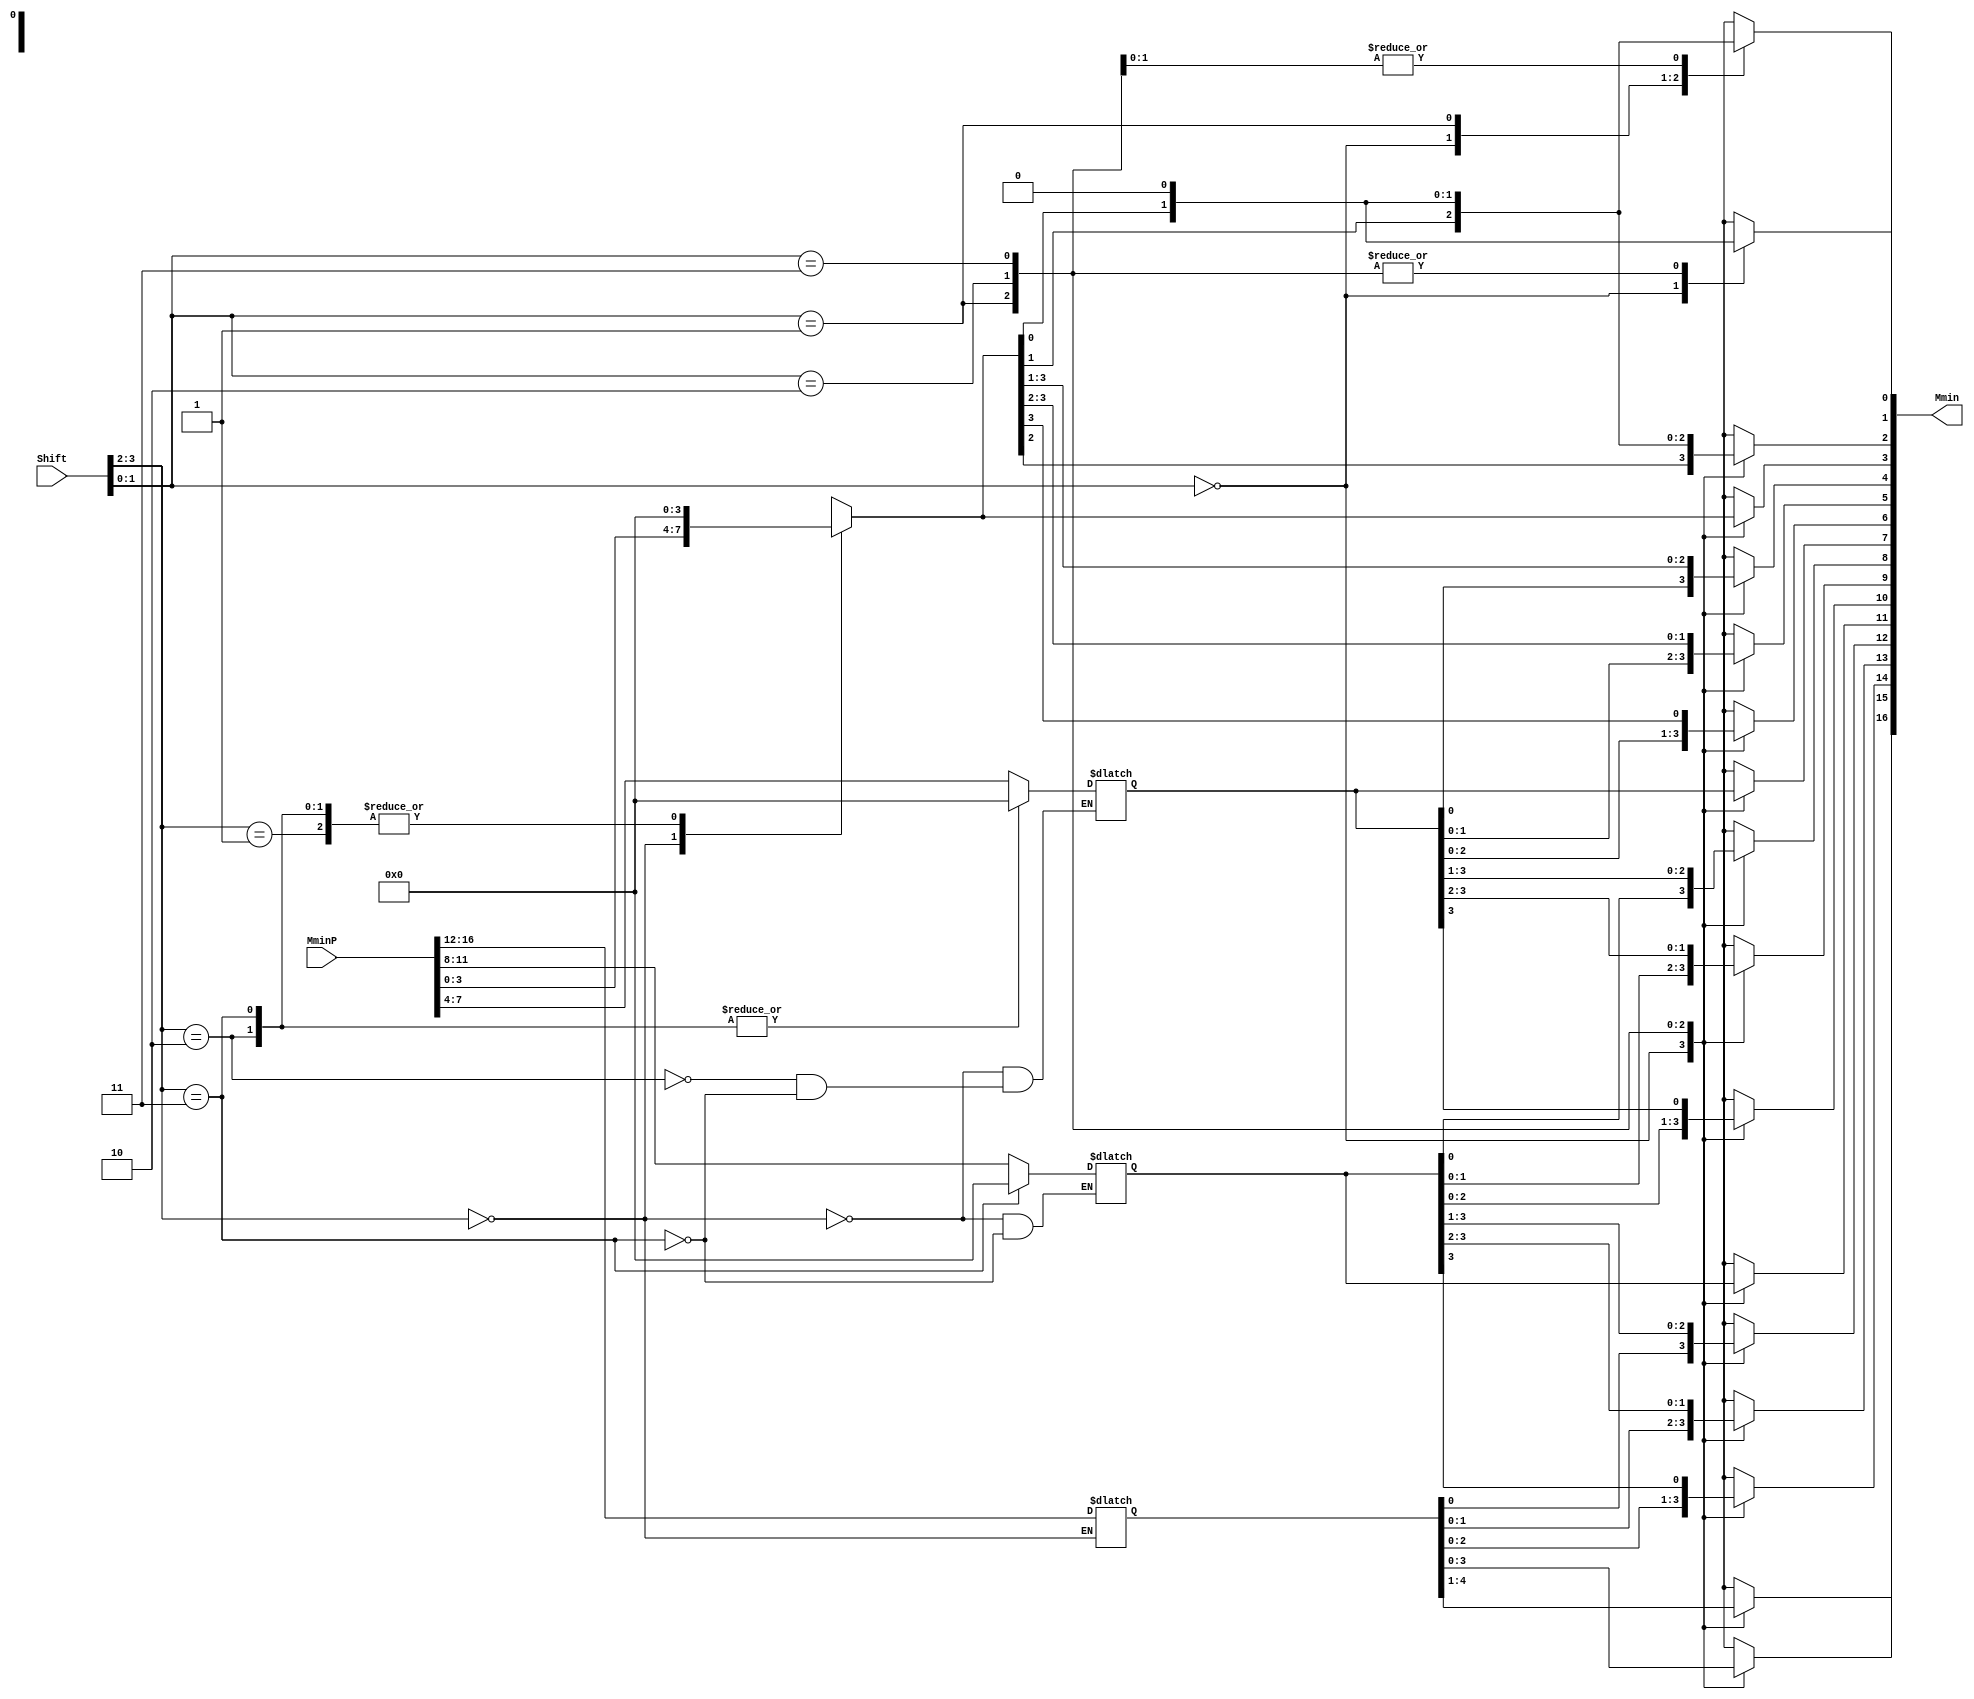
`define SIMULATION_MEMORY
//`define SIMULATION_addfp
`define VECTOR_DEPTH 64 //Q,K,V vector size
`define DATA_WIDTH 16
`define VECTOR_BITS 1024 // 16 bit each (16x64)
`define NUM_WORDS 32   //num of words in the sentence
`define BUF_AWIDTH 4 //16 entries in each buffer ram
`define BUF_LOC_SIZE 4 //4 words in each addr location
`define OUT_RAM_DEPTH 512 //512 entries in output bram
//`define EXPONENT 8
//`define MANTISSA 7
`define EXPONENT 5
`define MANTISSA 10
`define SIGN 1
`define DWIDTH (`SIGN+`EXPONENT+`MANTISSA)
`define DEFINES_DONE
`define DATAWIDTH (`SIGN+`EXPONENT+`MANTISSA)
`define IEEE_COMPLIANCE 1
`define NUM 4
`define ADDRSIZE 4

module FPAddSub_NormalizeShift1(
		MminP,
		Shift,
		Mmin
	);
	
	// Input ports
	input [`DWIDTH:0] MminP ;						// Smaller mantissa after 16|12|8|4 shift
	input [3:0] Shift ;						// Shift amount
	
	// Output ports
	output [`DWIDTH:0] Mmin ;						// The smaller mantissa
	
	reg	  [`DWIDTH:0]		Lvl2;
	wire    [2*`DWIDTH+1:0]    Stage1;	
	reg	  [`DWIDTH:0]		Lvl3;
	wire    [2*`DWIDTH+1:0]    Stage2;	
	integer           i;               	// Loop variable
	
	assign Stage1 = {MminP, MminP};

	always @(*) begin    					// Rotate {0 | 4 | 8 | 12} bits
	  case (Shift[3:2])
			// Rotate by 0
			2'b00: Lvl2 <= Stage1[`DWIDTH:0];       		
			// Rotate by 4
			2'b01: begin for (i=33; i>=17; i=i-1) begin Lvl2[i-33] <= Stage1[i-4]; end Lvl2[3:0] <= 0; end
			// Rotate by 8
			2'b10: begin for (i=33; i>=17; i=i-1) begin Lvl2[i-33] <= Stage1[i-8]; end Lvl2[7:0] <= 0; end
			// Rotate by 12
			2'b11: begin for (i=33; i>=17; i=i-1) begin Lvl2[i-33] <= Stage1[i-12]; end Lvl2[11:0] <= 0; end
	  endcase
	end
	
	assign Stage2 = {Lvl2, Lvl2};

	always @(*) begin   				 		// Rotate {0 | 1 | 2 | 3} bits
	  case (Shift[1:0])
			// Rotate by 0
			2'b00:  Lvl3 <= Stage2[`DWIDTH:0];
			// Rotate by 1
			2'b01: begin for (i=33; i>=17; i=i-1) begin Lvl3[i-`DWIDTH-1] <= Stage2[i-1]; end Lvl3[0] <= 0; end 
			// Rotate by 2
			2'b10: begin for (i=33; i>=17; i=i-1) begin Lvl3[i-`DWIDTH-1] <= Stage2[i-2]; end Lvl3[1:0] <= 0; end
			// Rotate by 3
			2'b11: begin for (i=33; i>=17; i=i-1) begin Lvl3[i-`DWIDTH-1] <= Stage2[i-3]; end Lvl3[2:0] <= 0; end
	  endcase
	end
	
	// Assign outputs
	assign Mmin = Lvl3;						// Take out smaller mantissa			
	
endmodule